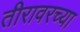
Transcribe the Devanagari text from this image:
तीरावरच्या